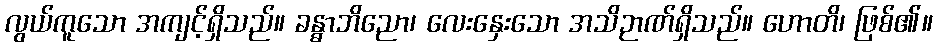
လွယ်ကူသော အကျင့်ရှိသည်။ ခန္ဓာဘိညော၊ လေးနှေးသော အသိဉာဏ်ရှိသည်။ ဟောတိ၊ ဖြစ်၏။